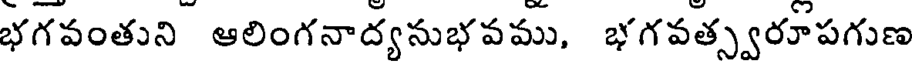
భగవంతుని ఆలింగనాద్యనుభవము, భగవత్స్వరూపగుణ